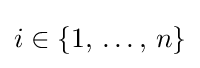
i\in \{1,\,\ldots ,\,n\}